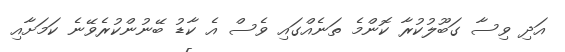
އަދި ވިސާ ގަބޫލުުކުރާ ކޮންމެ ތަނެއްގައި ވެސް އެ ކާޑު ބޭނުންކުރެވޭނެ ކަމަށާއި